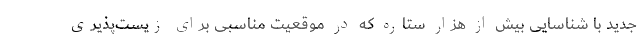
جدید با شناسایی بیش از هزار ستاره که در موقعیت مناسبی برای زیست‌پذیری